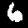
Digit: 6